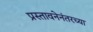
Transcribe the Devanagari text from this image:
प्रस्तावनेनंतरच्या